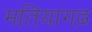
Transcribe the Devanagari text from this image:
मतियागढ़